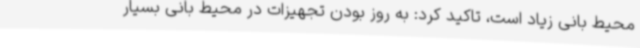
محیط بانی زیاد است، تاکید کرد: به روز بودن تجهیزات در محیط بانی بسیار